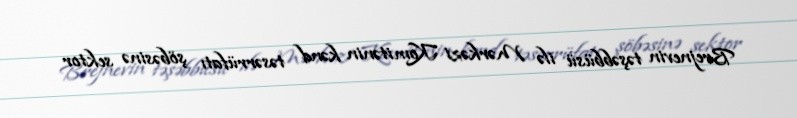
Brejnevin təşəbbüsü ilə Mərkəzi Komitənin kənd təsərrüfatı şöbəsinə sektor